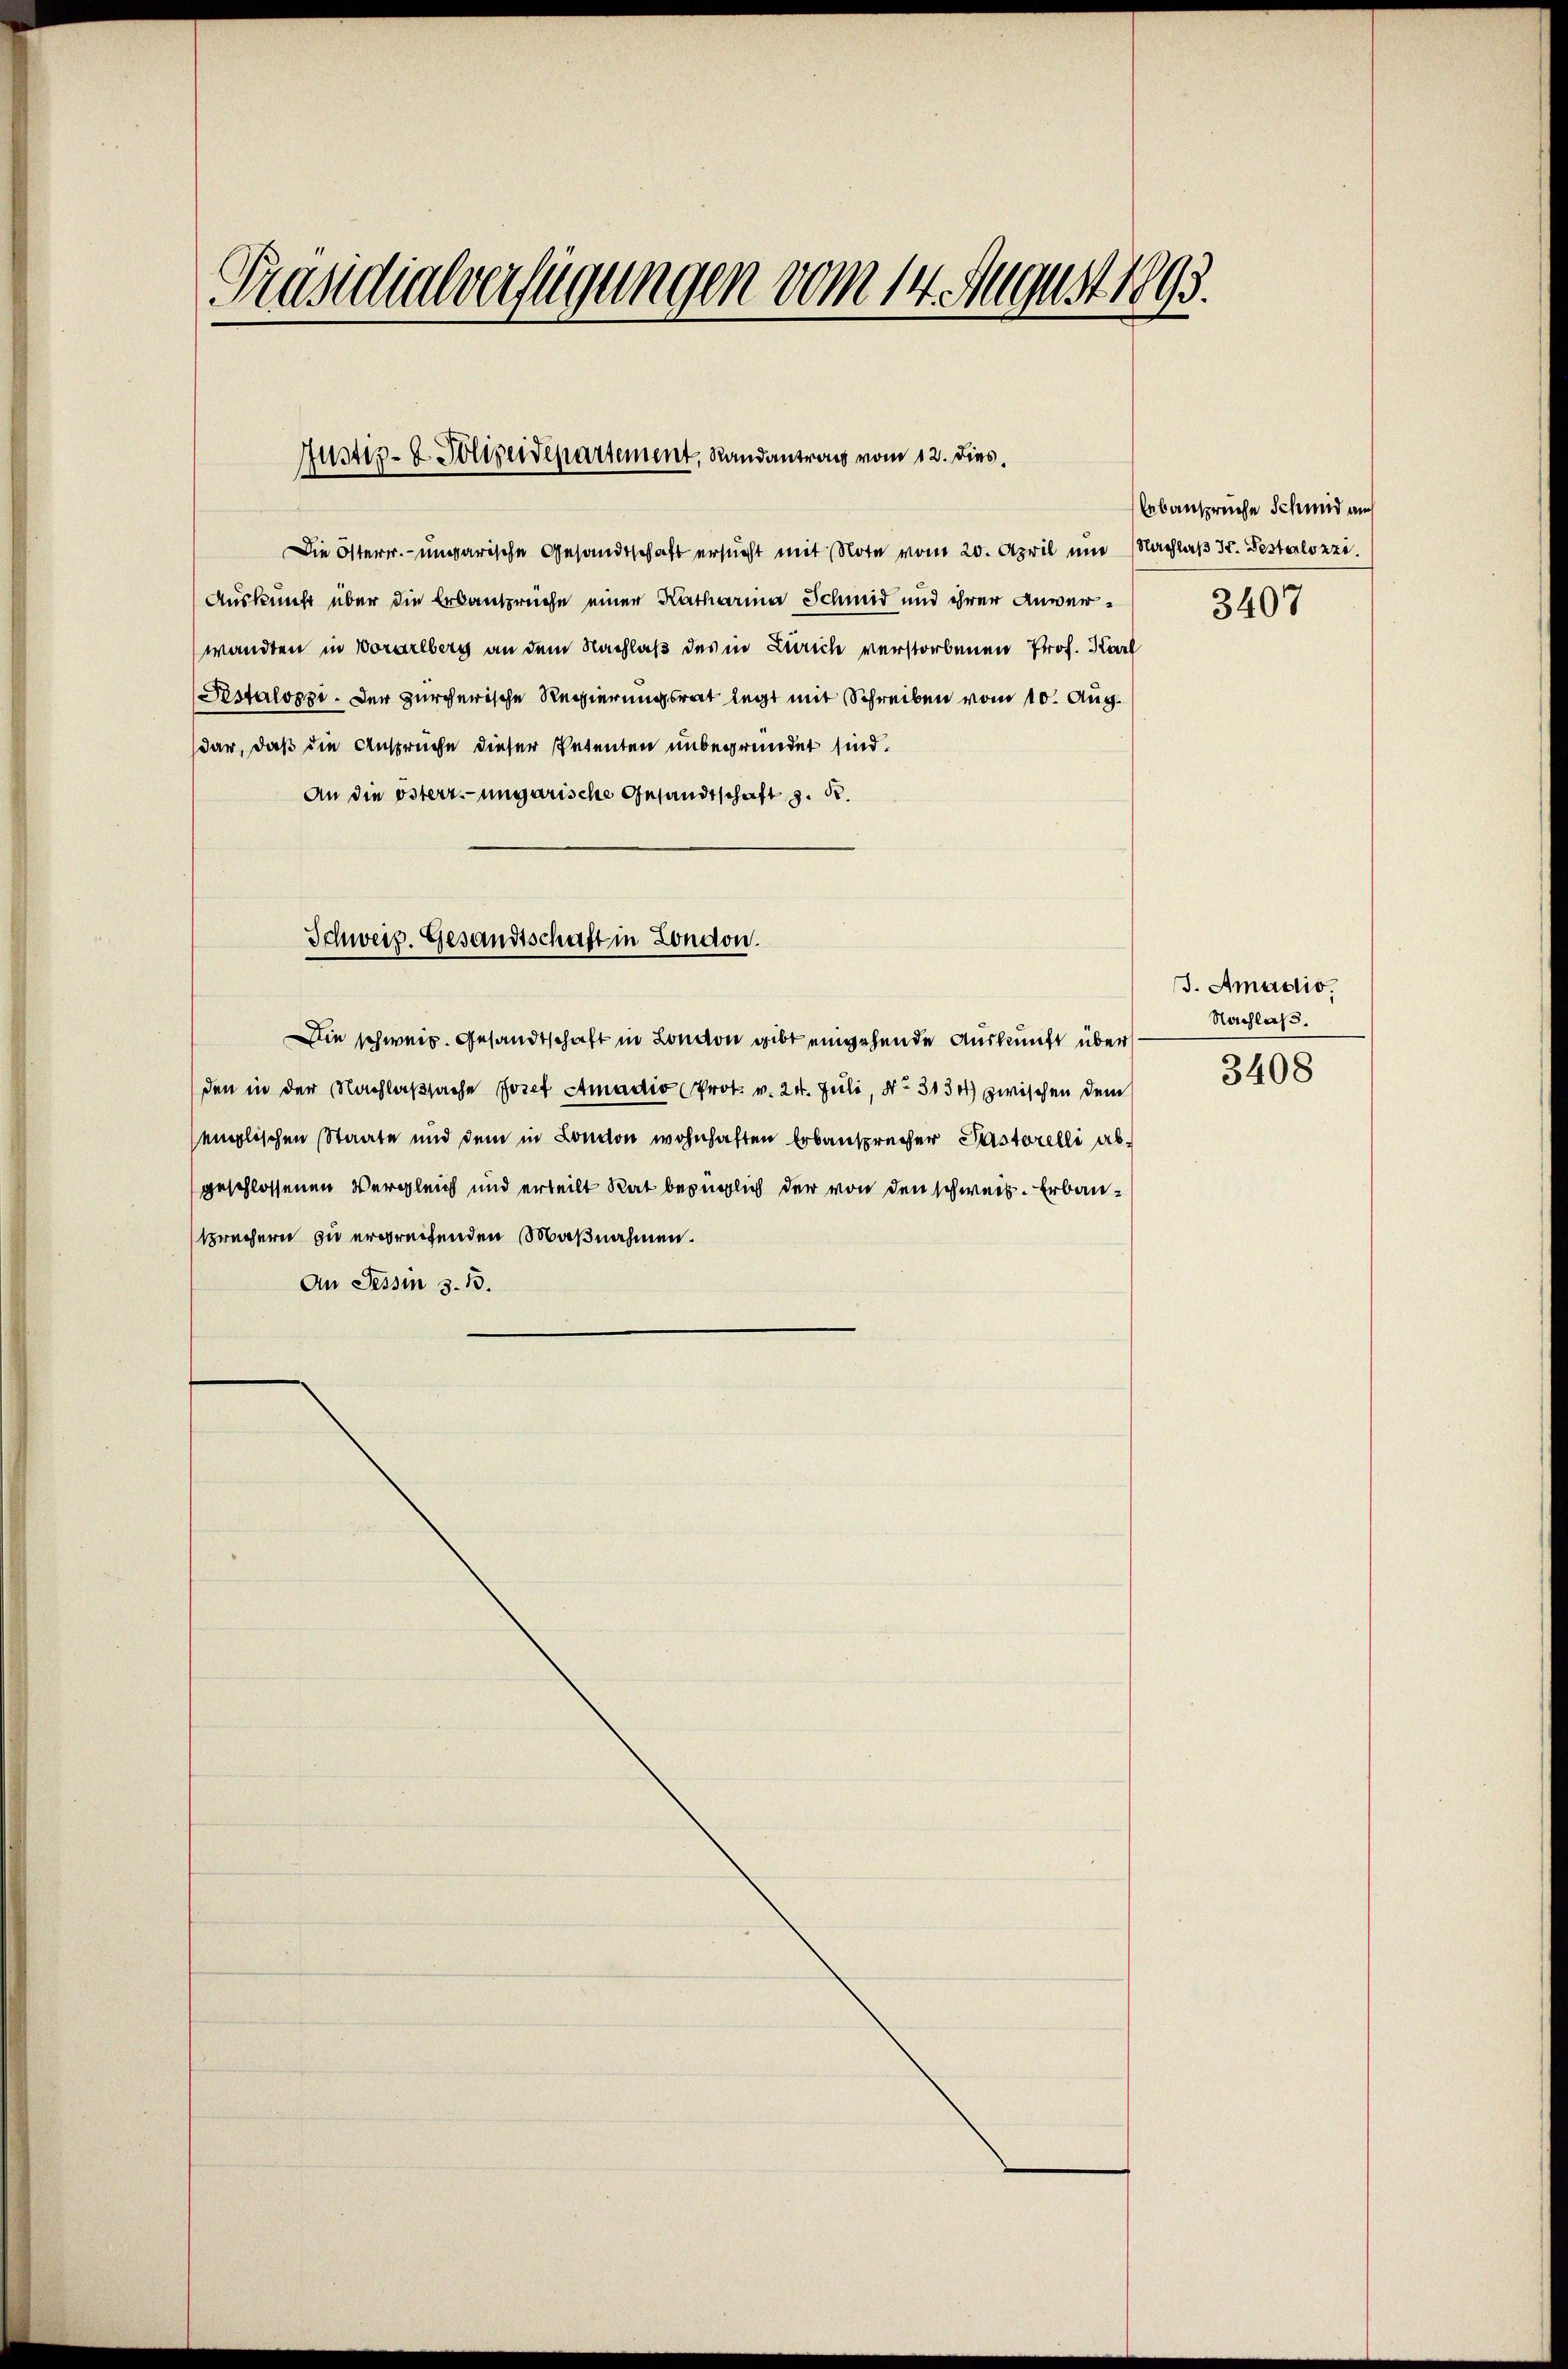
Präsidialverfügungen vom 14. August 1893.

Justiz- & Polizeidepartement, Randantrag vom 12. dies,

Die Osterr.-ungarische Gesandtschaft ersucht mit Note vom 20. April um Nachlaβ Jr. Bestalozzi
Auskunft über die Erbansprüche einer Katharina Schmid und ihrer Anwerwandten in Vorarlberg an dem Nachlaß des in Zürich verstorbenen Prof. Karl
Pestalozzi. Der zürcherische Regierungsrat legt mit Schreiben vom 10. Aug.
dar, daß die Ansprüche dieser Petenten unbegründet sind.
An die österr.-ungarische Gesandtschaft z. B.
Die schweiz. Gesandtschaft in London gibt eingehende Auskunft über
den in der Nachlaßsache Josef Amadio (Prok. v. 24. Juli, No. 3134) zwischen dem
englischen Staate und dem in London wohnhaften Erbansprecher Pastorelli abgeschlossenen Vergleich und erteilt Rat bezüglich der von den schweiz. Erbausprechern zu ergreifenden Maßnahmen.
An Tessin 3. 13.

Schweiz. Gesandtschaft in London.

Abansprüche Schmid auch
3407

J. Amadio.
Nachlaß.

3408